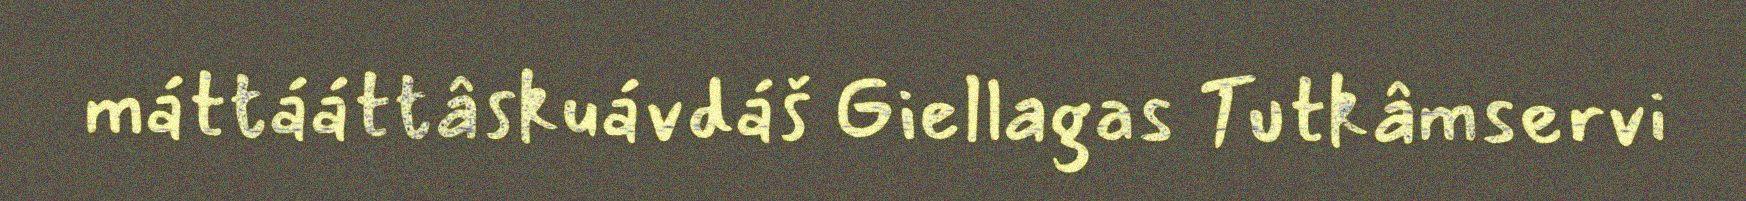
máttááttâskuávdáš Giellagas Tutkâmservi